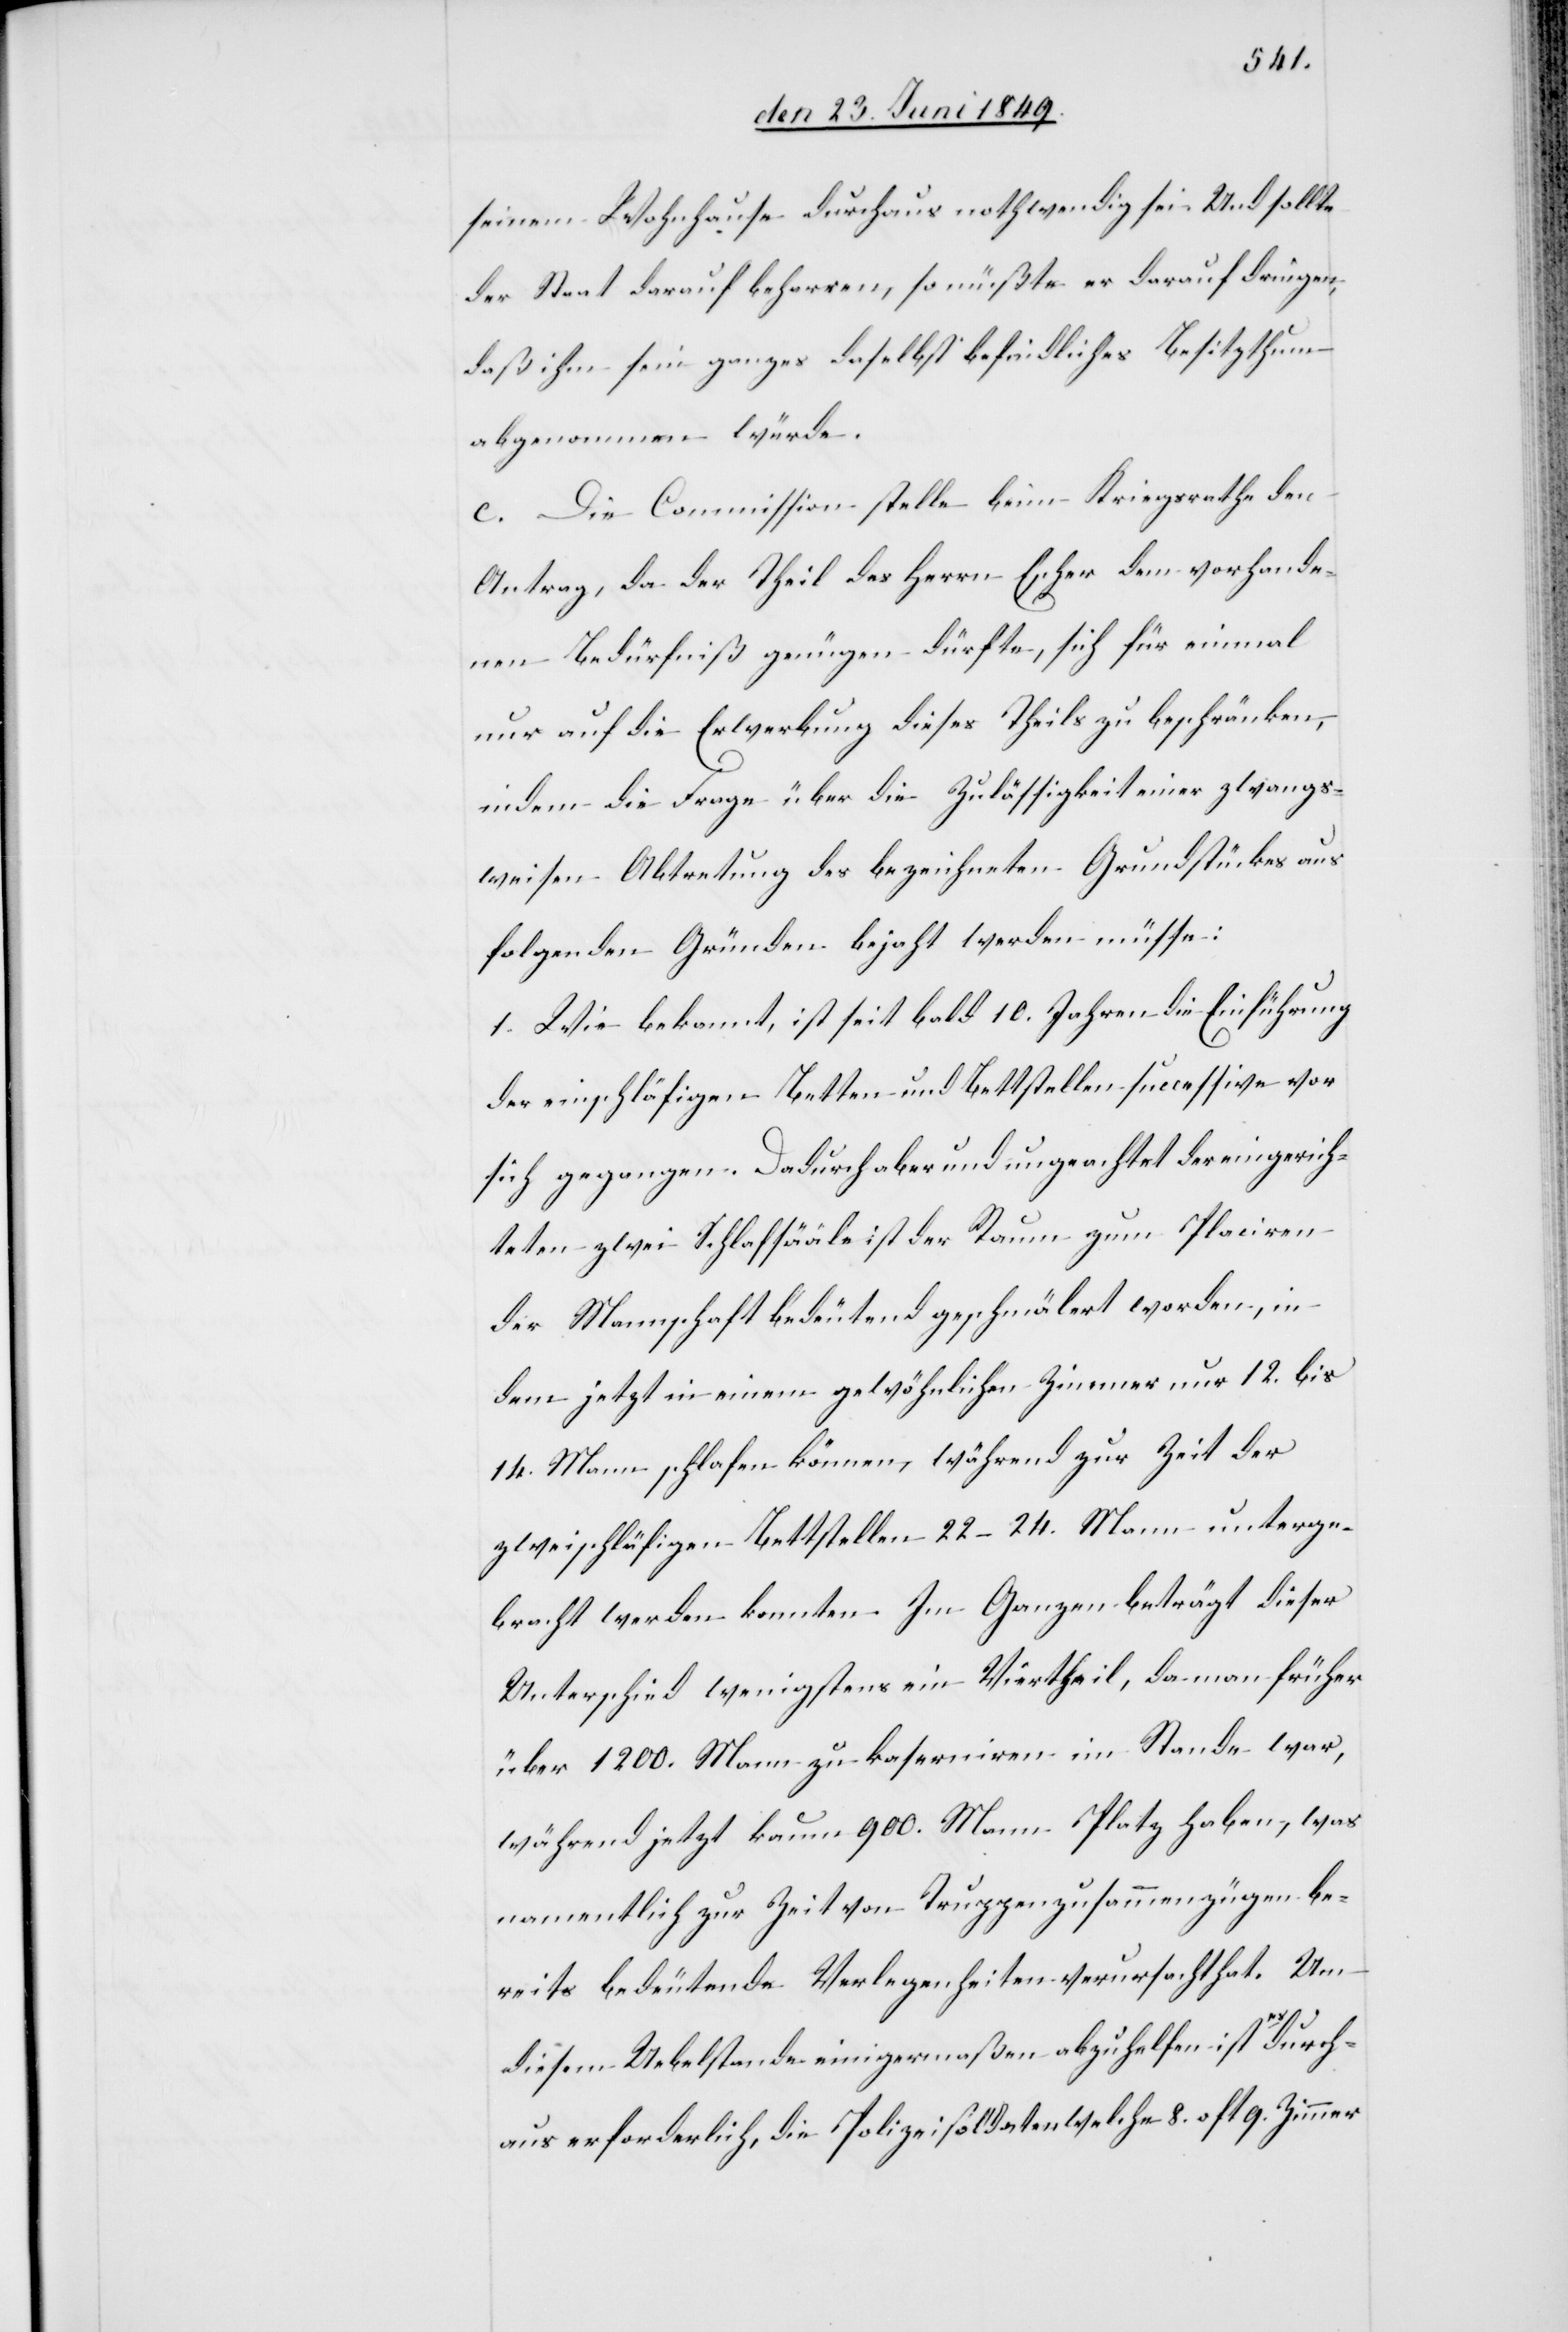
seinem Wohnhause durchaus nothwendig sei. Und sollte
der Staat darauf beharren, so müßte er darauf dringen,
daß ihm sein ganzes daselbst befindliches Besitzthum
abgenommen würde.
c. Die Commission stelle beim Kriegsrathe den
Antrag, da der Theil des Herrn Escher dem vorhande¬
nen Bedürfniß genügen dürfte, sich für einmal
nur auf die Erwerbung dieses Theils zu beschränken,
indem die Frage über die Zulässigkeit einer zwangs¬
weisen Abtretung des bezeichneten Grundstückes aus
folgenden Gründen bejaht werden müsse:
1. Wie bekannt, ist seit bald 10. Jahren die Einführung
der einschläfigen Betten und Bettstellen successive vor
sich gegangen. Dadurch aber und ungeachtet der eingerich¬
teten zwei Schlafsääle ist der Raum zum Placiren
der Mannschaft bedeutend geschmälert worden, in
dem jetzt in einem gewöhnlichen Zimmer nur 12. bis
14. Mann schlafen können, während zur Zeit der
zweischläfigen Bettstellen 22–24. Mann unterge¬
bracht werden konnten. Im Ganzen beträgt dieser
Unterschied wenigstens ein Viertheil, da man früher
über1 200. Mann zu kaserniren im Stande war,
während jetzt kaum 900. Mann Platz haben, was
namentlich zur Zeit von Truppenzusammenzügen be¬
reits bedeutende Verlegenheiten verursacht hat. Um
diesem Uebelstande einigermaßen abzuhelfen ist es durch¬
aus erforderlich, die Polizeisoldaten welche 8. oft 9. Zimmer